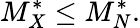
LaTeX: M_{X}^{*}\le M_{N}^{*}.